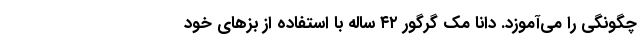
چگونگی را می‌آموزد. دانا مک گرگور ۴۲ ساله با استفاده از بز‌های خود